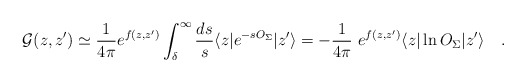
\begin{align*}{\cal G}(z,z')\simeq{1 \over 4\pi}e^{f(z,z')}\int_{\delta}^{\infty}{ds \over s}\langle z|e^{-s O_{\Sigma}}|z'\rangle=-{1 \over 4\pi}~e^{f(z,z')}\langle z|\ln O_{\Sigma}|z'\rangle~~~.\end{align*}